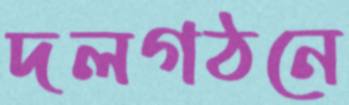
দলগঠনে